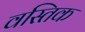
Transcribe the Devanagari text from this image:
वस्तिक